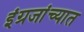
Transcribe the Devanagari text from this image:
इंग्रजांच्यात